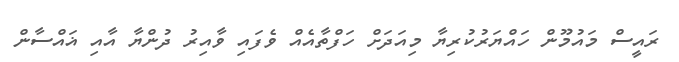
ރައީސް މައުމޫން ހައްޔަރުކުރިޔާ މިއަދަށް ހަފްތާއެއް ވެފައި ވާއިރު ދުންޔާ އާއި ޣައްސާން